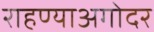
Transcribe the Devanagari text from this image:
राहण्याअगोदर